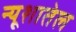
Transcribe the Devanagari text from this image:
न्यूशातेल